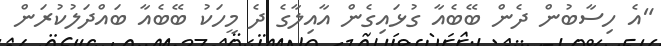
"އެ ހިސާބުން ދެން ބޭބެއާ ގުޅައިގެން އާއިލާގެ ދެ މީހަކު ބޭބެއާ ބައްދަލުކުރަން